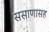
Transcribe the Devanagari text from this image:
ससाणासह